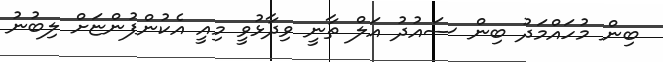
ބިން މުހައްމަދު ބިން ސައުދު އަލް ތާނީ ވިދާޅުވީ މިއީ އެކުންފުންޏަށް ލިބުނު